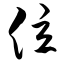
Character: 位